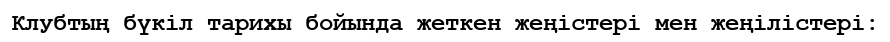
Клубтың бүкіл тарихы бойында жеткен жеңістері мен жеңілістері: